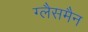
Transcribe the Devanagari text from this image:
ग्लैसमैन